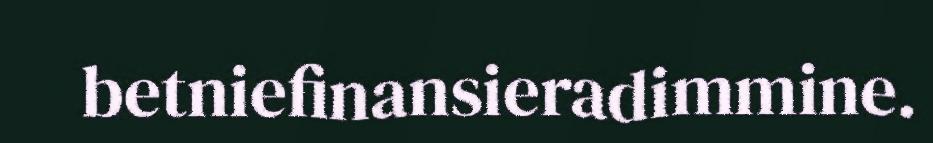
betniefinansieradimmine.